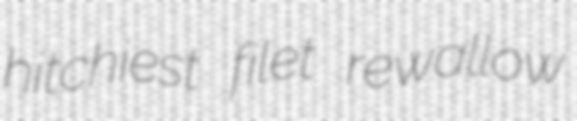
hitchiest filet rewallow